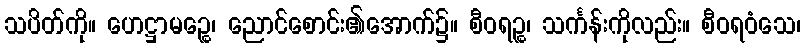
သပိတ်ကို။ ဟေဋ္ဌာမဉ္စေ၊ ညောင်စောင်း၏အောက်၌။ စီဝရဉ္စ၊ သင်္ကန်းကိုလည်း။ စီဝရဝံသေ၊